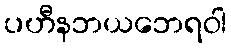
ပဟီနဘယဘေရဝါ